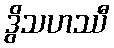
ဒွိသဟဿီ